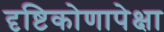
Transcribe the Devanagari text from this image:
दृष्टिकोणापेक्षा